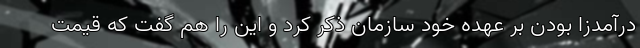
درآمدزا بودن بر عهده خود سازمان ذکر کرد و این را هم گفت که قیمت‌